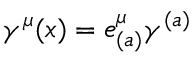
\gamma ^ { \mu } ( x ) = e _ { ( a ) } ^ { \mu } \gamma ^ { ( a ) }